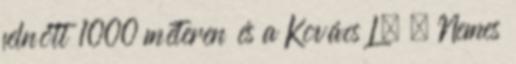
felnőtt 1000 méteren és a Kovács L. – Nemes